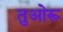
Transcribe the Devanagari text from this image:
तुओरू